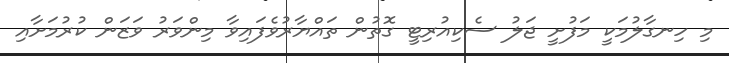
މި ހިނގާލުމަކީ މަފުށީ ޖަލު ސެކިއުރިޓީ ގޮތުން ތައްޔާރުވެފައިވާ މިންވަރު ވަޒަން ކުރުމަށާއި